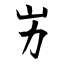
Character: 屴